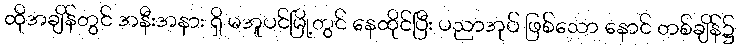
ထိုအချိန်တွင် အနီးအနား ရှိ မအူပင်မြို့တွင် နေထိုင်ပြီး ပညာအုပ် ဖြစ်သော နောင် တစ်ချိန်၌